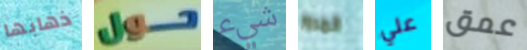
ذهابها حول شيء المرور علي عمق